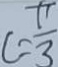
c = \frac { \pi } { 3 }